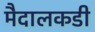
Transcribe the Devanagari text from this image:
मैदालकडी